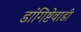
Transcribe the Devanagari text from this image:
डांगिष्टेवाडी